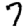
Digit: 7